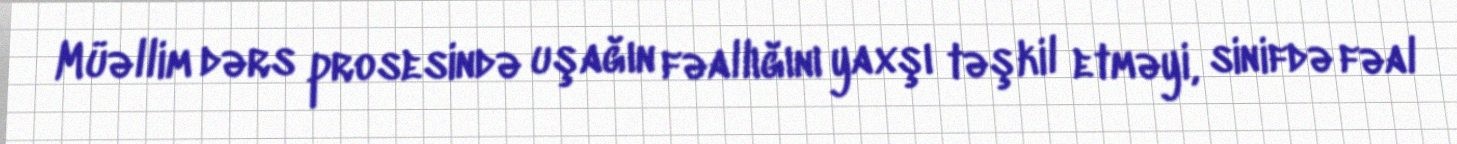
Müəllim dərs prosesində uşağın fəallığını yaxşı təşkil etməyi, sinifdə fəal